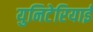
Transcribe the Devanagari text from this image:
युनिटेरियाई